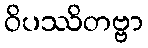
ဝိပဿိတဗ္ဗာ